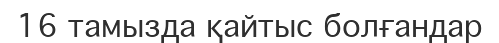
16 тамызда қайтыс болғандар